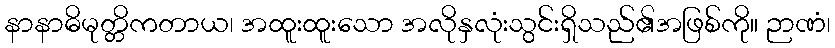
နာနာဓိမုတ္တိကတာယ၊ အထူးထူးသော အလိုနှလုံးသွင်းရှိသည်၏အဖြစ်ကို။ ဉာဏံ၊